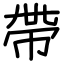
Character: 帶